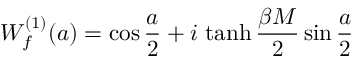
W _ { f } ^ { ( 1 ) } ( a ) = \cos { \frac { a } { 2 } } + i \, \operatorname { t a n h } { \frac { \beta M } { 2 } } \sin { \frac { a } { 2 } }